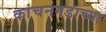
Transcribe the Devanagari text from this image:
कांचनगडाच्या